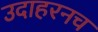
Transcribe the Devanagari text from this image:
उदाहरनच